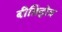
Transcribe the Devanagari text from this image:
बीतिहोत्र